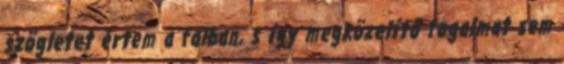
szögletet értem a falban, s így megközelítő fogalmat sem